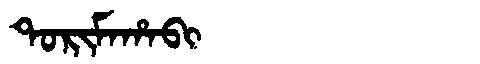
Manchu: ᡨᠣᡵᡳᠮᠠᡥᠠᠪᡳ
Romanization: TORIMAHABI